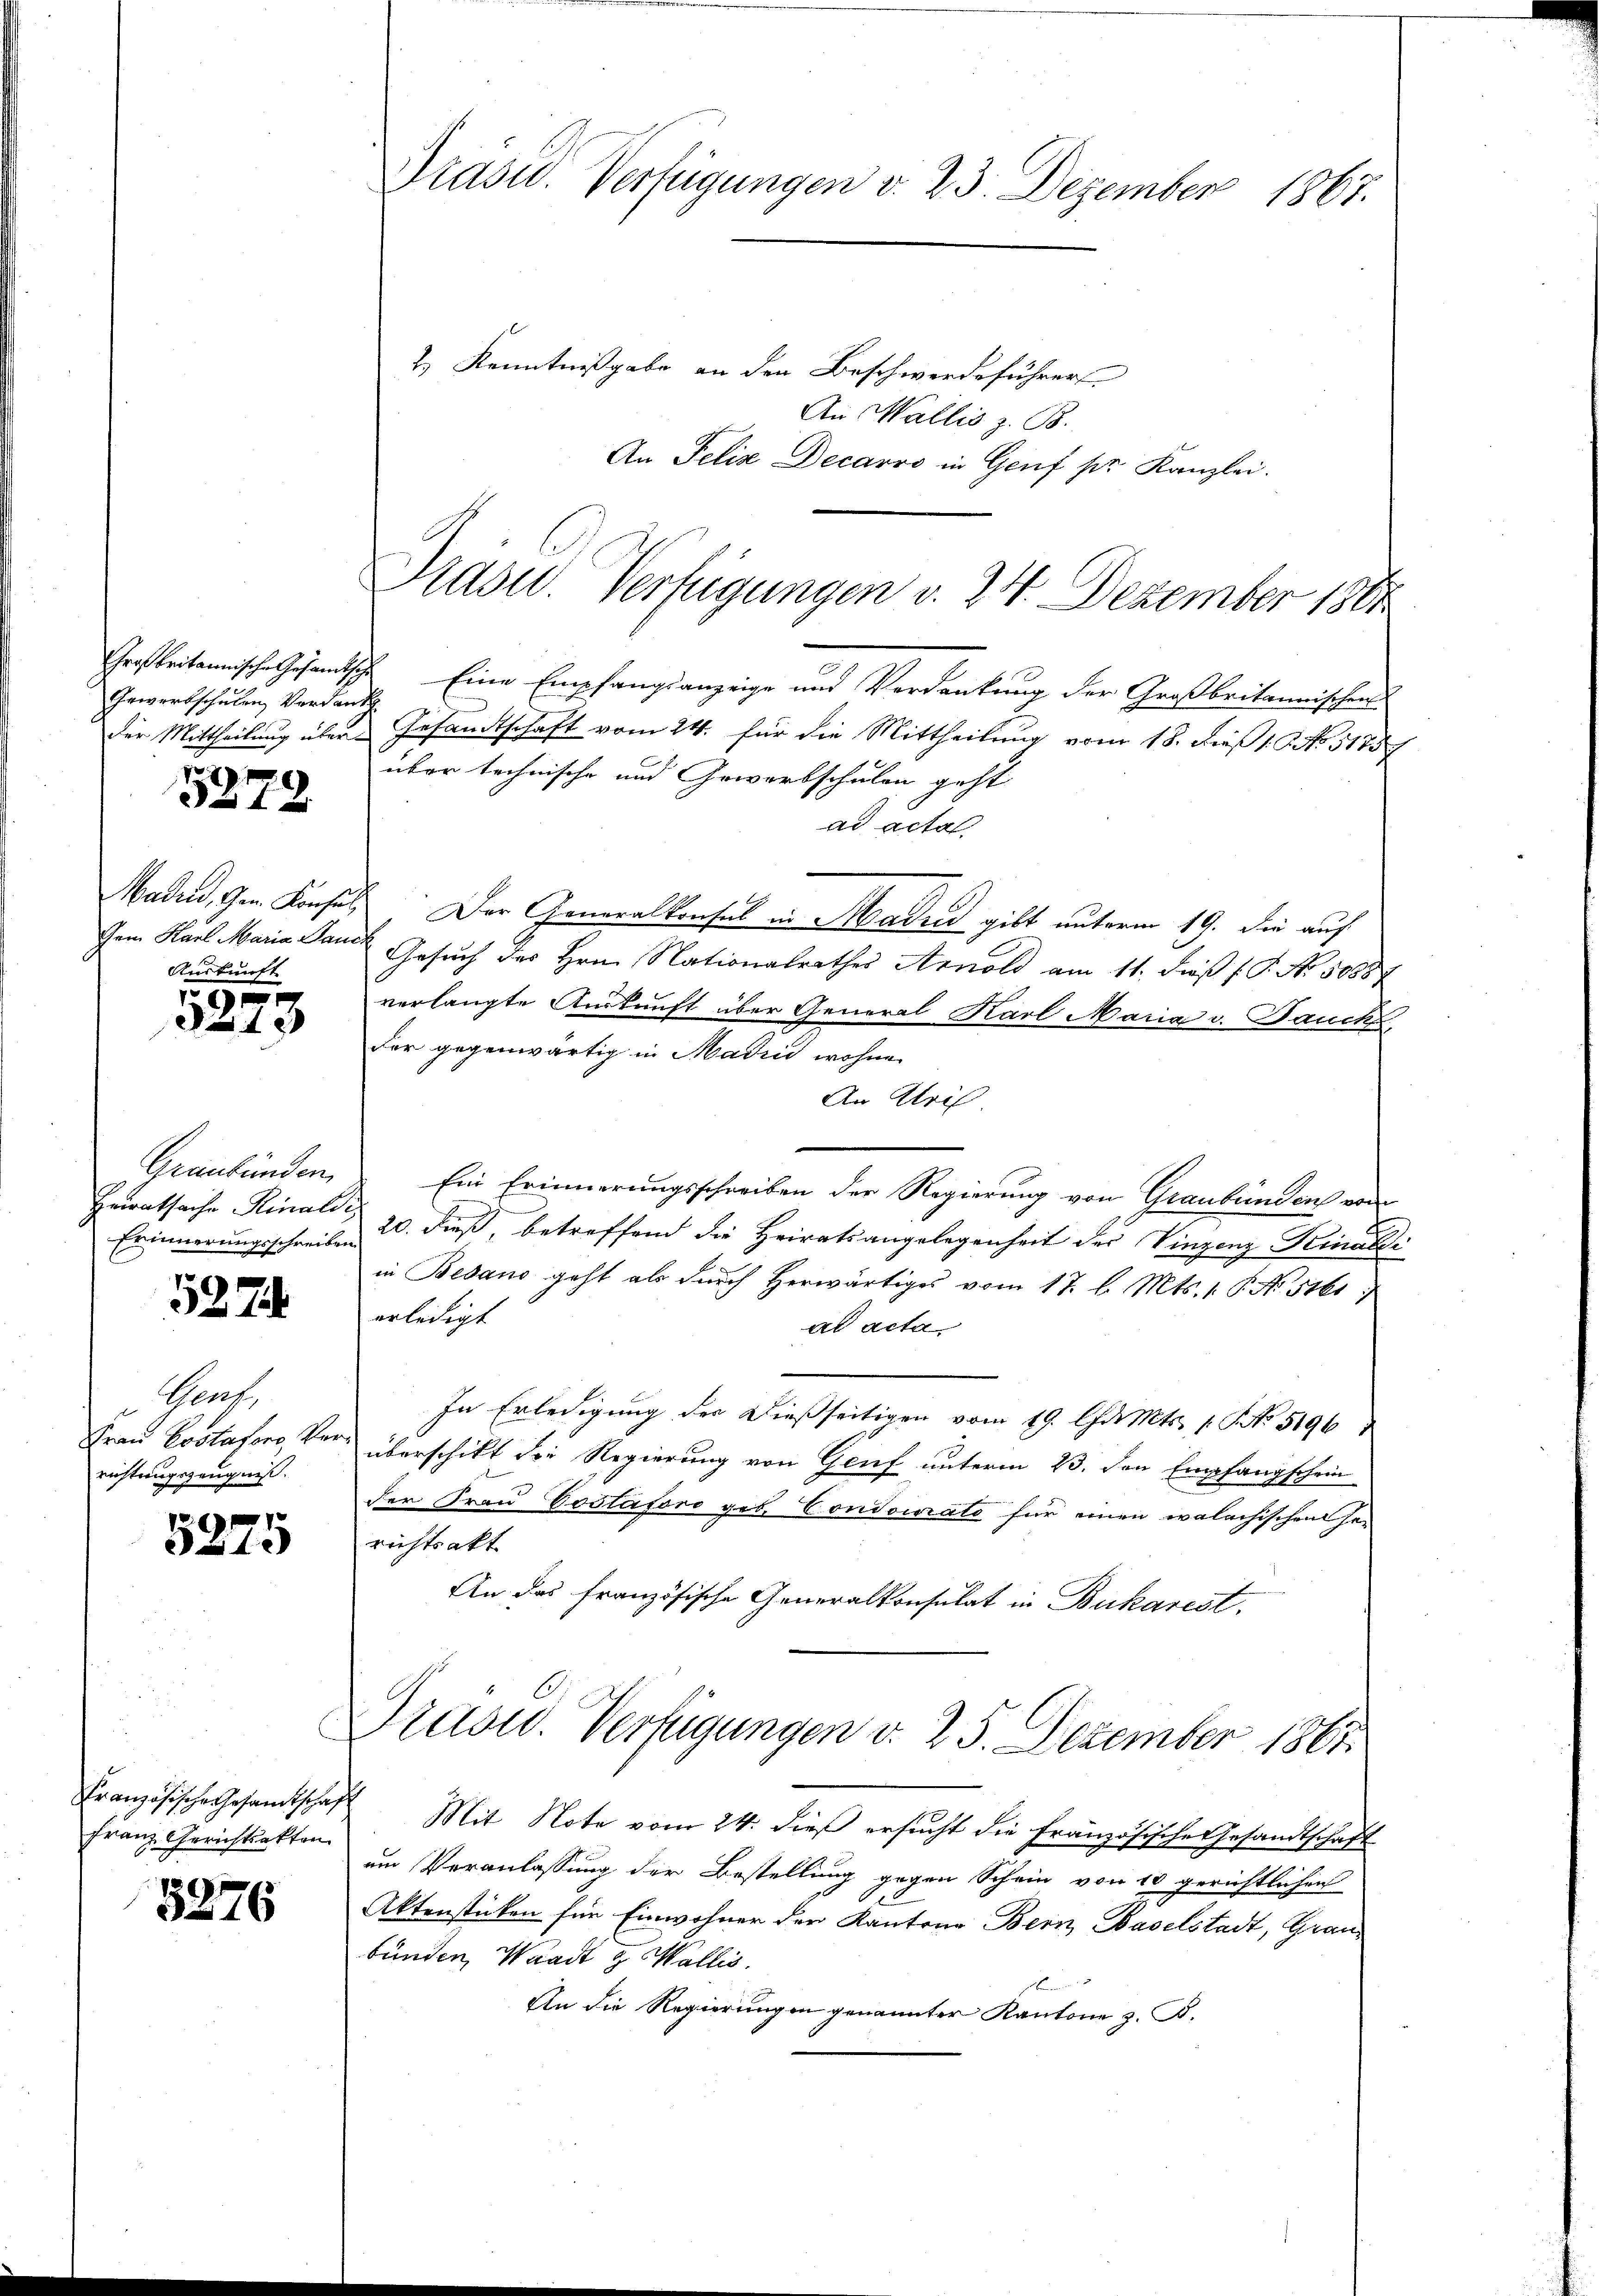
Gewerbschulen Verdank

5279.

Auskunft

5273

Graubünden,
Erinnerungsschreiben

5274

Perf.
Frau Costaforo, Ver
richtungszeugniß.

5275

Franz Gerichtsakten

5276

Präsid. Verfügungen v. 23. Dezember 1867.

2.) Kenntnißgabe an den Beschwerdeführer
An Wallis z. B.
An Felix Decarro in Genf pr. Kanzlei.
Großbritannische Gesandtische Eine Empfangsanzeige und Verdankung der Großbritannischen
der Mittheilung über Gesandtschaft vom 24. für die Mittheilung vom 18. dieß 1. No. 51757
über technische und Gewerbschulen geht
ad acta
Madrid, Gem. Konsuls. Der Generalkonsul in Madres gibt unterm 19. Sie auf
Gem Karl Maria Sanct Gesuch des Hrn. Nationalrathes Arnold am 11. dieβ (: P. No. 1888
verlangte Auskunft über General Karl Maria v. Bauch,
der gegenwärtig in Madii wohne
An Aris
Ein Erinnerungsschreiben der Regierung von Graubünden von
Erwratsache Finali 20. dieß, betreffend die Heiratsangelegenheit der Vinzenz Kindli
in Bedano geht als durch Herwärtiges vom 17. l. Mts. 1. P. No. 5161)
erledigt
ad acta
In Erledigung der dießseitigen vom 19. Chr. Mts. 1. No 5196
überschikt die Regierung von Genf unterm 23. den Empfangschein
der Frau Coslaforo geb. Contourato für einen walachischen Gerichtsakt
An das französische Generalkonsulat in Bukarest,
Präsid. Verfügungen d. 25. Dezember 1867

Prasw. Verfügungen v. 24. Dezember 1861

Französische Gesamtschaft Mit Note vom 24. dieß ersucht die französische Gesandtschaft
um Veranlassung der Bestellung gegen Schein von 10 gerichtlichen
Aktenstücken für Einwohner der Kantone Bern Baselstadt, Graubünden, Waadt & Wallis.
An die Regierungen genannter Kantone z. B.